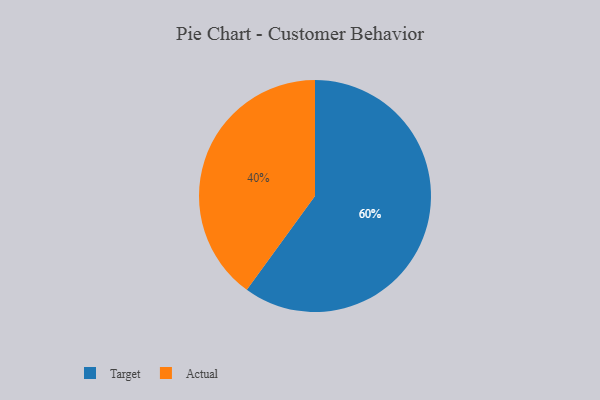
{"axis": {"x": "Category", "y": "Percentage"}, "legend": ["Actual", "Target"], "data": [{"x": "Actual", "y": 40, "type": "Actual"}, {"x": "Target", "y": 60, "type": "Target"}]}